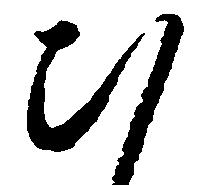
ひ